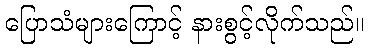
ပြောသံများကြောင့် နားစွင့်လိုက်သည်။